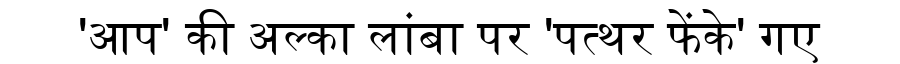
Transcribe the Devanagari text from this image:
'आप' की अल्का लांबा पर 'पत्थर फेंके' गए